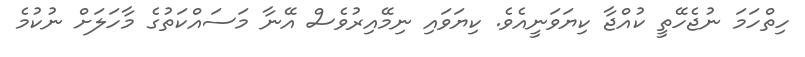
ހިތްހަމަ ނުޖެހޭތީ ކުއްޖާ ކިޔަވަނީއެވެ. ކިޔަވައި ނިމޭއިރުވެސް އޭނާ މަސައްކަތުގެ މާހަލަށް ނުކުމެ